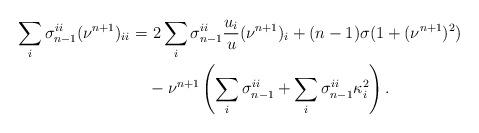
LaTeX: \begin{align*}\sum_i \sigma_{n-1}^{ii}(\nu^{n+1})_{ii} =&\ 2\sum_i \sigma_{n-1}^{ii}\frac{u_i}{u} (\nu^{n+1})_i+(n-1)\sigma (1+(\nu^{n+1})^2)\\&-\nu^{n+1}\left(\sum_i \sigma_{n-1}^{ii}+\sum_i \sigma_{n-1}^{ii}\kappa_i^2\right).\end{align*}